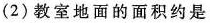
(2) 教室地面的面积约是